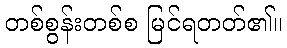
တစ်စွန်းတစ်စ မြင်ရတတ်၏။